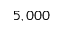
5 , 0 0 0